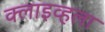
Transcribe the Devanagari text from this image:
क्लाइव्हला